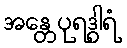
အန္တေပုရဒွါရံ